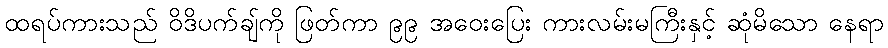
ထရပ်ကားသည် ဝိဒိပက်ချ်ကို ဖြတ်ကာ ၉၉ အဝေးပြေး ကားလမ်းမကြီးနှင့် ဆုံမိသော နေရာ